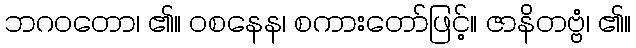
ဘဂဝတော၊ ၏။ ဝစနေန၊ စကားတော်ဖြင့်။ ဇာနိတဗ္ဗံ၊ ၏။